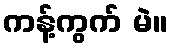
ကန့်ကွက် မဲ။